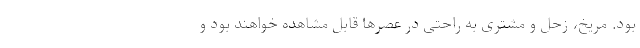
بود. مریخ، زحل و مشتری به راحتی در عصرها قابل مشاهده خواهند بود و